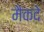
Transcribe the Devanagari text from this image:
मैकदे